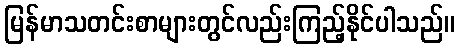
မြန်မာသတင်းစာများတွင်လည်းကြည့်နိုင်ပါသည်။